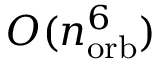
{ \cal O } ( n _ { \mathrm { o r b } } ^ { 6 } )